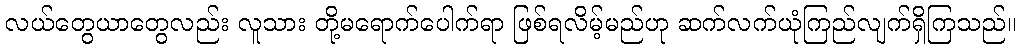
လယ်တွေယာတွေလည်း လူသား တို့မရောက်ပေါက်ရာ ဖြစ်ရလိမ့်မည်ဟု ဆက်လက်ယုံကြည်လျက်ရှိကြသည်။